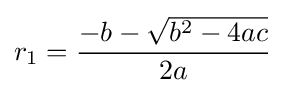
r_{1}={\frac {-b-{\sqrt {b^{2}-4ac}}}{2a}}